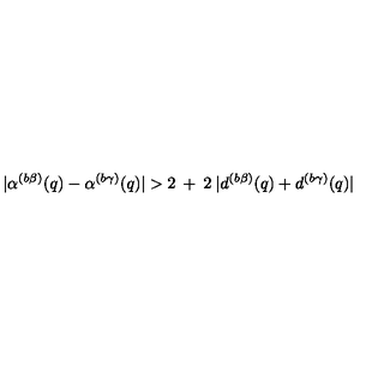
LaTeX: | \alpha ^ { ( b \beta ) } ( q ) - \alpha ^ { ( b \gamma ) } ( q ) | > 2 \: + \: 2 \: | d ^ { ( b \beta ) } ( q ) + d ^ { ( b \gamma ) } ( q ) |